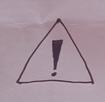
Signature authenticity: forged